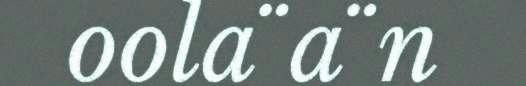
oola¨a¨n